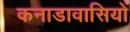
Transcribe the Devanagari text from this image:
कनाडावासियों